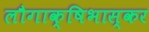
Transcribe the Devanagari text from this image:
लौगाक्षिभास्कर